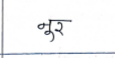
मजकूर: नूर